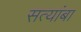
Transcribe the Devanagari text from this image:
सत्यांबा